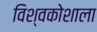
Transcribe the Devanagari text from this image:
विश्वकोशाला